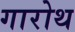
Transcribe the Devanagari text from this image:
गारोथ